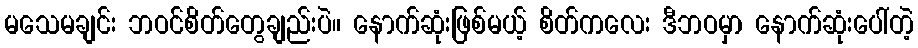
မသေမချင်း ဘဝင်စိတ်တွေချည်းပဲ။ နောက်ဆုံးဖြစ်မယ့် စိတ်ကလေး ဒီဘဝမှာ နောက်ဆုံးပေါ်တဲ့